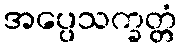
အပ္ပေသက္ခတ္တံ